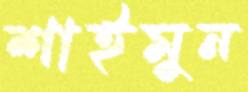
শাইমুন